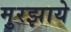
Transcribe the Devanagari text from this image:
मुरझाये